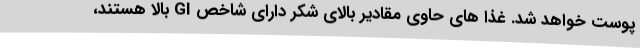
پوست خواهد شد. غذا های حاوی مقادیر بالای شکر دارای شاخص GI بالا هستند،